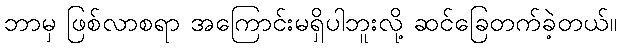
ဘာမှ ဖြစ်လာစရာ အကြောင်းမရှိပါဘူးလို့ ဆင်ခြေတက်ခဲ့တယ်။